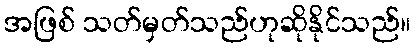
အဖြစ် သတ်မှတ်သည်ဟုဆိုနိုင်သည်။